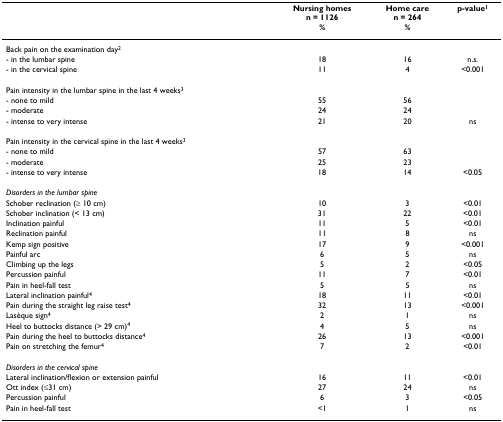
<table><thead><tr><td></td><td><b>Nursing homesn = 1126%</b></td><td><b>Home caren = 264%</b></td><td><b>p-value<sup>1</sup></b></td></tr></thead><tbody><tr><td>Back pain on the examination day<sup>2</sup></td><td></td><td></td><td></td></tr><tr><td>- in the lumbar spine</td><td>18</td><td>16</td><td>n.s.</td></tr><tr><td>- in the cervical spine</td><td>11</td><td>4</td><td>&lt;0.001</td></tr><tr><td>Pain intensity in the lumbar spine in the last 4 weeks<sup>3</sup></td><td></td><td></td><td></td></tr><tr><td>- none to mild</td><td>55</td><td>56</td><td></td></tr><tr><td>- moderate</td><td>24</td><td>24</td><td></td></tr><tr><td>- intense to very intense</td><td>21</td><td>20</td><td>ns</td></tr><tr><td>Pain intensity in the cervical spine in the last 4 weeks<sup>3</sup></td><td></td><td></td><td></td></tr><tr><td>- none to mild</td><td>57</td><td>63</td><td></td></tr><tr><td>- moderate</td><td>25</td><td>23</td><td></td></tr><tr><td>- intense to very intense</td><td>18</td><td>14</td><td>&lt;0.05</td></tr><tr><td><i>Disorders in the lumbar spine</i></td><td></td><td></td><td></td></tr><tr><td>Schober reclination (≥ 10 cm)</td><td>10</td><td>3</td><td>&lt;0.01</td></tr><tr><td>Schober inclination (&lt; 13 cm)</td><td>31</td><td>22</td><td>&lt;0.01</td></tr><tr><td>Inclination painful</td><td>11</td><td>5</td><td>&lt;0.01</td></tr><tr><td>Reclination painful</td><td>11</td><td>8</td><td>ns</td></tr><tr><td>Kemp sign positive</td><td>17</td><td>9</td><td>&lt;0.001</td></tr><tr><td>Painful arc</td><td>6</td><td>5</td><td>ns</td></tr><tr><td>Climbing up the legs</td><td>5</td><td>2</td><td>&lt;0.05</td></tr><tr><td>Percussion painful</td><td>11</td><td>7</td><td>&lt;0.01</td></tr><tr><td>Pain in heel-fall test</td><td>5</td><td>5</td><td>ns</td></tr><tr><td>Lateral inclination painful<sup>4</sup></td><td>18</td><td>11</td><td>&lt;0.01</td></tr><tr><td>Pain during the straight leg raise test<sup>4</sup></td><td>32</td><td>13</td><td>&lt;0.001</td></tr><tr><td>Lasèque sign<sup>4</sup></td><td>2</td><td>1</td><td>ns</td></tr><tr><td>Heel to buttocks distance (&gt; 29 cm)<sup>4</sup></td><td>4</td><td>5</td><td>ns</td></tr><tr><td>Pain during the heel to buttocks distance<sup>4</sup></td><td>26</td><td>13</td><td>&lt;0.001</td></tr><tr><td>Pain on stretching the femur<sup>4</sup></td><td>7</td><td>2</td><td>&lt;0.01</td></tr><tr><td><i>Disorders in the cervical spine</i></td><td></td><td></td><td></td></tr><tr><td>Lateral inclination/flexion or extension painful</td><td>16</td><td>11</td><td>&lt;0.01</td></tr><tr><td>Ott index (≤31 cm)</td><td>27</td><td>24</td><td>ns</td></tr><tr><td>Percussion painful</td><td>6</td><td>3</td><td>&lt;0.05</td></tr><tr><td>Pain in heel-fall test</td><td>&lt;1</td><td>1</td><td>ns</td></tr></tbody></table>